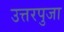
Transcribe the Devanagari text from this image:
उत्तरपुजा